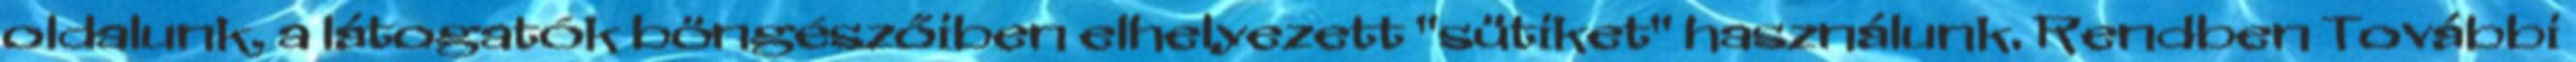
oldalunk, a látogatók böngészőiben elhelyezett "sütiket" használunk. Rendben További